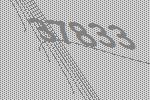
37833